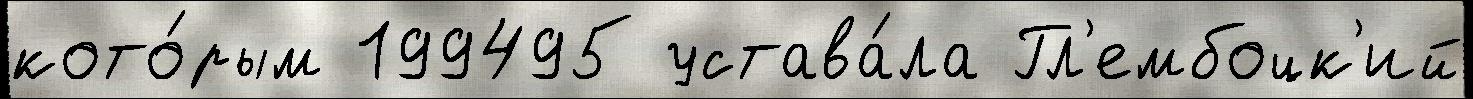
кото́рым 199495 устава́ла Гл'ембоцк'ий